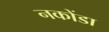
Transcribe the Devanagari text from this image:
नकोंडा